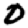
Digit: 0